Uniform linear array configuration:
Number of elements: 48
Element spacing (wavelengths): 0.75
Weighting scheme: exponential
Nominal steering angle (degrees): -30
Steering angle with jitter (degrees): -30.382
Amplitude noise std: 0.05
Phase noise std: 0.05

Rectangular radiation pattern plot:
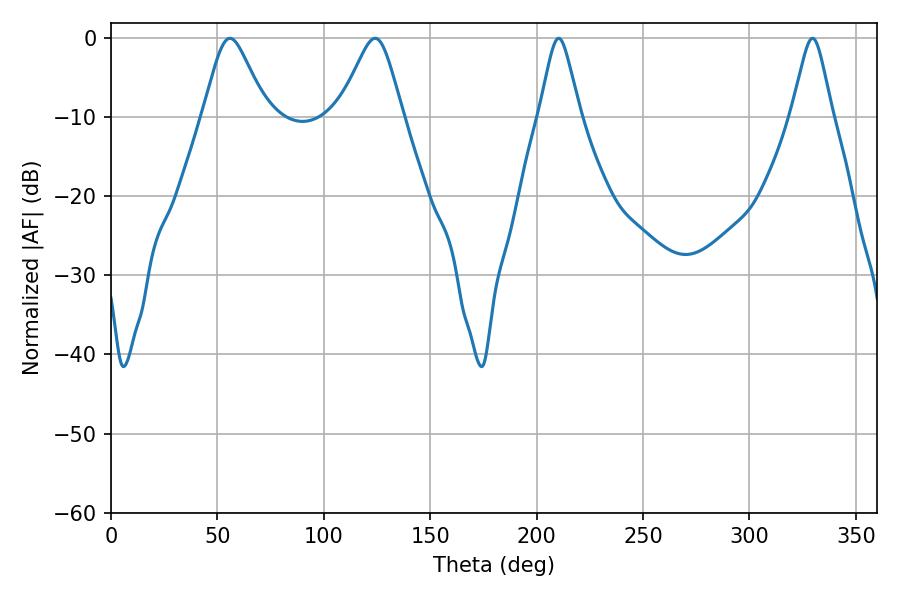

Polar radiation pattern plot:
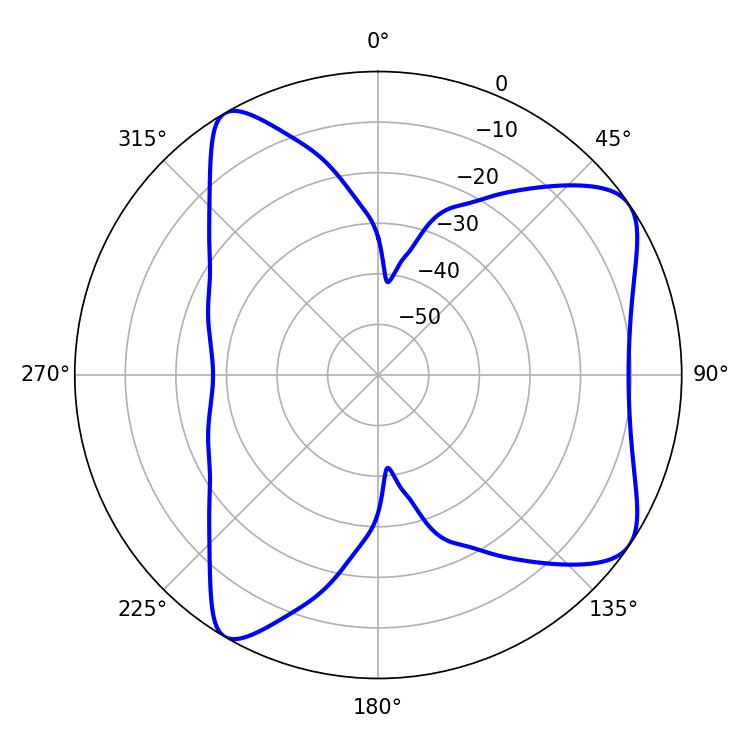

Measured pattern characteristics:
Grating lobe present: TRUE
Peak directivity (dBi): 7.668
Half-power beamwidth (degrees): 14.22
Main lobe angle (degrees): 55.8